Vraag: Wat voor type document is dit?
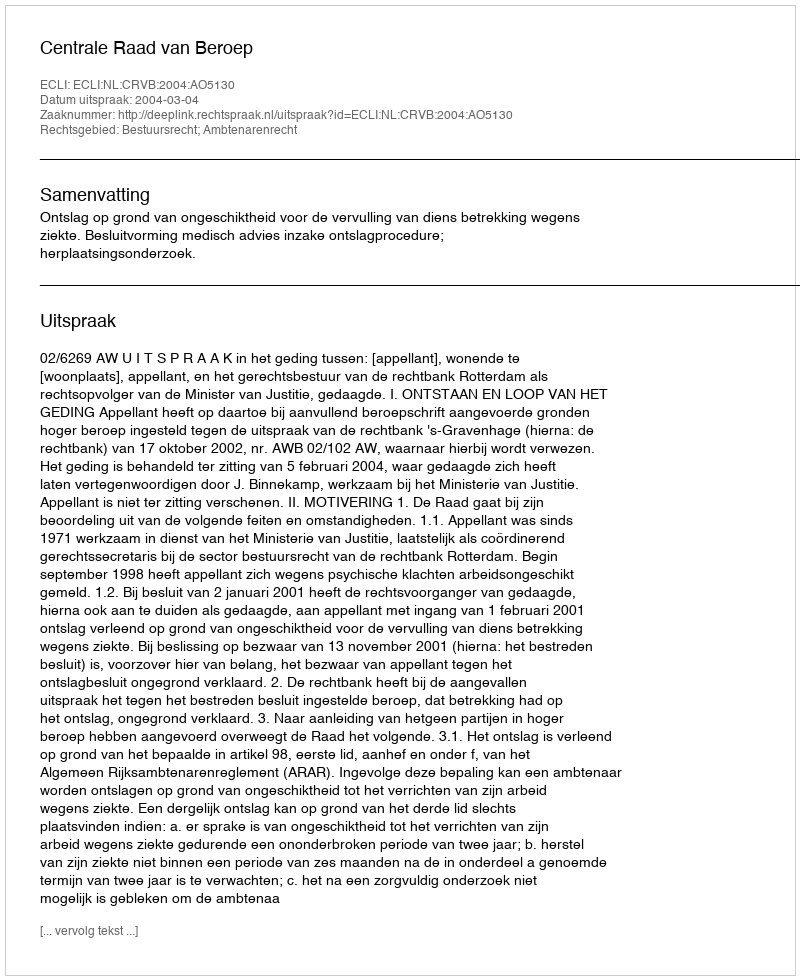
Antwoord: Uitspraak